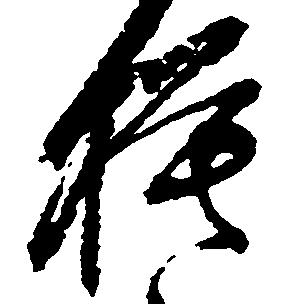
模